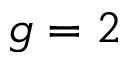
{ g = 2 }